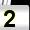
Digit: 2